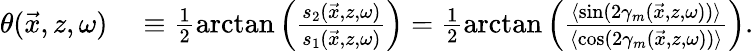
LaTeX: \begin{array}{rl}{\theta(\vec{x},z,\omega)}&{{}\equiv\frac{1}{2}\arctan\left(\frac{s_{2}(\vec{x},z,\omega)}{s_{1}(\vec{x},z,\omega)}\right)=\frac{1}{2}\arctan\left(\frac{\langle\sin(2\gamma_{m}(\vec{x},z,\omega))\rangle}{\langle\cos(2\gamma_{m}(\vec{x},z,\omega))\rangle}\right).}\end{array}